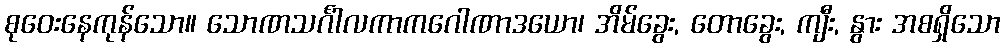
စုဝေးနေကုန်သော။ သောဏသင်္ဂါလကာကဂေါဏာဒယော၊ အိမ်ခွေး, တောခွေး, ကျီး, နွား အစရှိသော